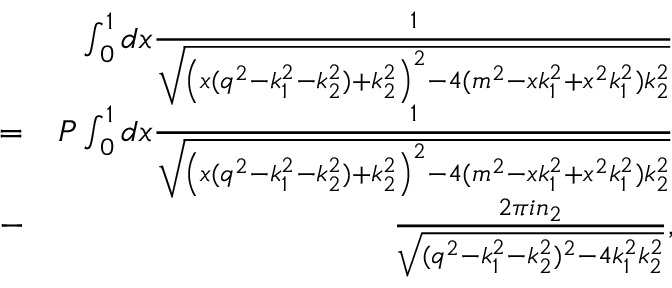
\begin{array} { r l r } & { } & { \int _ { 0 } ^ { 1 } d x \frac { 1 } { \sqrt { \left( x ( q ^ { 2 } - k _ { 1 } ^ { 2 } - k _ { 2 } ^ { 2 } ) + k _ { 2 } ^ { 2 } \right) ^ { 2 } - 4 ( m ^ { 2 } - x k _ { 1 } ^ { 2 } + x ^ { 2 } k _ { 1 } ^ { 2 } ) k _ { 2 } ^ { 2 } } } } \\ & { = } & { P \int _ { 0 } ^ { 1 } d x \frac { 1 } { \sqrt { \left( x ( q ^ { 2 } - k _ { 1 } ^ { 2 } - k _ { 2 } ^ { 2 } ) + k _ { 2 } ^ { 2 } \right) ^ { 2 } - 4 ( m ^ { 2 } - x k _ { 1 } ^ { 2 } + x ^ { 2 } k _ { 1 } ^ { 2 } ) k _ { 2 } ^ { 2 } } } } \\ & { - } & { \frac { 2 \pi i n _ { 2 } } { \sqrt { ( q ^ { 2 } - k _ { 1 } ^ { 2 } - k _ { 2 } ^ { 2 } ) ^ { 2 } - 4 k _ { 1 } ^ { 2 } k _ { 2 } ^ { 2 } } } , } \end{array}